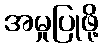
အမှုပြုဖို့